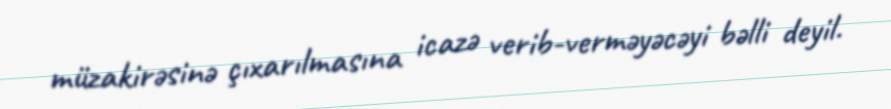
müzakirəsinə çıxarılmasına icazə verib-verməyəcəyi bəlli deyil.